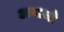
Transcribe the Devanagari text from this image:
अनाजो